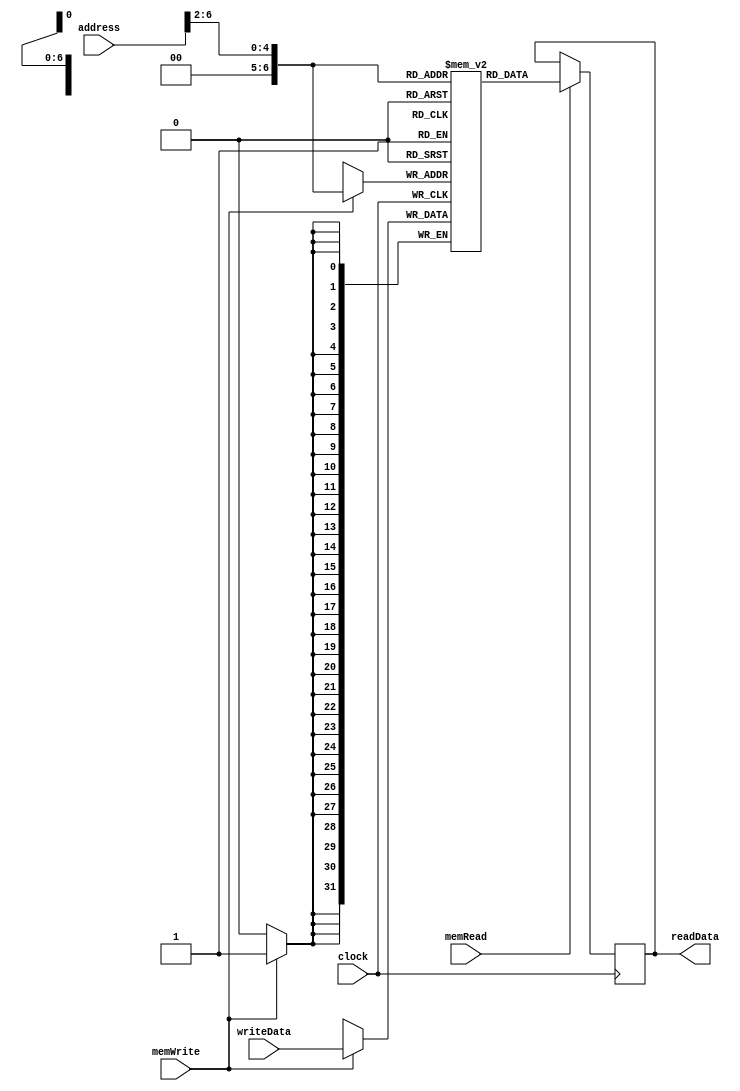
module DataMemory(clock, address, writeData, memWrite, memRead, readData);
    input clock;
    input [6:0] address;
    input memWrite, memRead;
    input [31:0] writeData;
    
    output reg [31:0] readData;
    
    reg [31:0] Mem [0:127];
    
    always @(posedge clock) begin
        if(memWrite == 1)
            Mem[address[6:2]] <= writeData;
    end
    
    always @(negedge clock) begin
        if(memRead == 1)
            readData <= Mem[address[6:2]];
    end
endmodule

module DataMemory_test;
    
endmodule